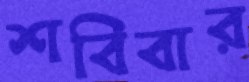
শবিবার